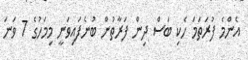
އެންމެ ފުރަތަމަ ހެކި ބަސް ދިން ފަރާތުން ބުނެފައިވަނީ މިމަހުގެ 7 ވަނަ